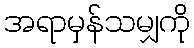
အရာမှန်သမျှကို